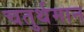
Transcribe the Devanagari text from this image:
चतुर्थमान